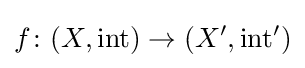
f\colon (X,\mathrm {int} )\to (X',\mathrm {int} ')